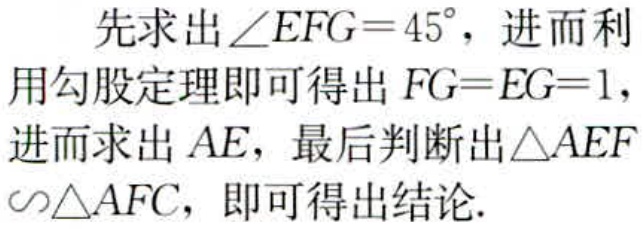
先求出\(\angle EFG = 45^{\circ}\)，进而利用勾股定理即可得出\(FG = EG = 1\)，进而求出\(AE\)，最后判断出\(\triangle AEF\sim\triangle AFC\)，即可得出结论.